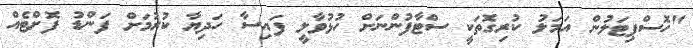
"ހޮސްޕިޓަލުން އަމަލު ކުރިގޮތަކީ ސްޓާފުންނަށް ހުޅުވާލީ ފައިސާ ހަދިޔާ ކުރުމަށް ފަންޑު ފޮށްޓެއް